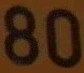
80